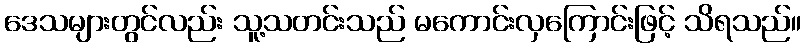
ဒေသများတွင်လည်း သူ့သတင်းသည် မကောင်းလှကြောင်းဖြင့် သိရသည်။